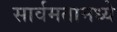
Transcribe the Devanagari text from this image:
सार्वमतामध्ये